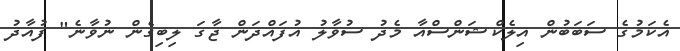
އެކަމުގެ ސަބަބުން އިލެކްޝަންސްއާ މެދު ސުވާލު އުފައްދަން ޖާގަ ލިބިގެން ނުވާނެ" ފުއާދު